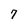
Character: 7